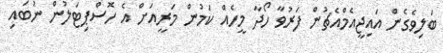
ބަލިވެގެން އައިޖީއެމްއެޗުން ފަރުވާ ހޯދާ މީހެއް ކަމުން މަރީއަށް އެ ހޮސްޕިޓަލުން ނުބައި